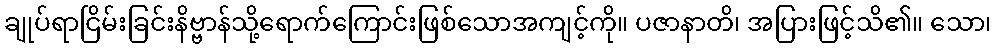
ချုပ်ရာငြိမ်းခြင်းနိဗ္ဗာန်သို့ရောက်ကြောင်းဖြစ်သောအကျင့်ကို။ ပဇာနာတိ၊ အပြားဖြင့်သိ၏။ သော၊